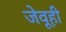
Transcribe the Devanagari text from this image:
जेवूही